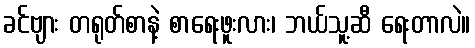
ခင်ဗျား တရုတ်စာနဲ့ စာရေးဖူးလား၊ ဘယ်သူ့ဆီ ရေးတာလဲ။